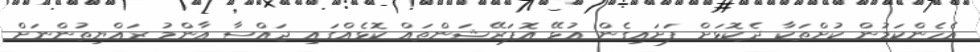
އެހެންކަމުން ކުށްތަކާ ދެކޮޅަށް ފަށައިގެން އުޅޭ އޮޕަރޭޝަންތައް ކޮޅެއްގައި ޖައްސާ އާންމު ރައްޔިތުންނަށް